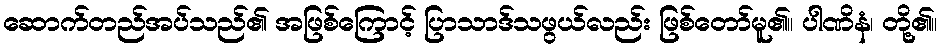
ဆောက်တည်အပ်သည်၏ အဖြစ်ကြောင့် ပြာသာဒ်သဖွယ်လည်း ဖြစ်တော်မူ၏။ ပါဏိနံ၊ တို့၏။